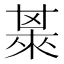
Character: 𣗅